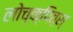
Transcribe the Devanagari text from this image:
लोच्क्पित्स्